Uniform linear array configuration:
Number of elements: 16
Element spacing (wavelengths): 0.75
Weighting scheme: hann
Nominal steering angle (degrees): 0
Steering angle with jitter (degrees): -1.29
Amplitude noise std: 0.05
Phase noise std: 0.05

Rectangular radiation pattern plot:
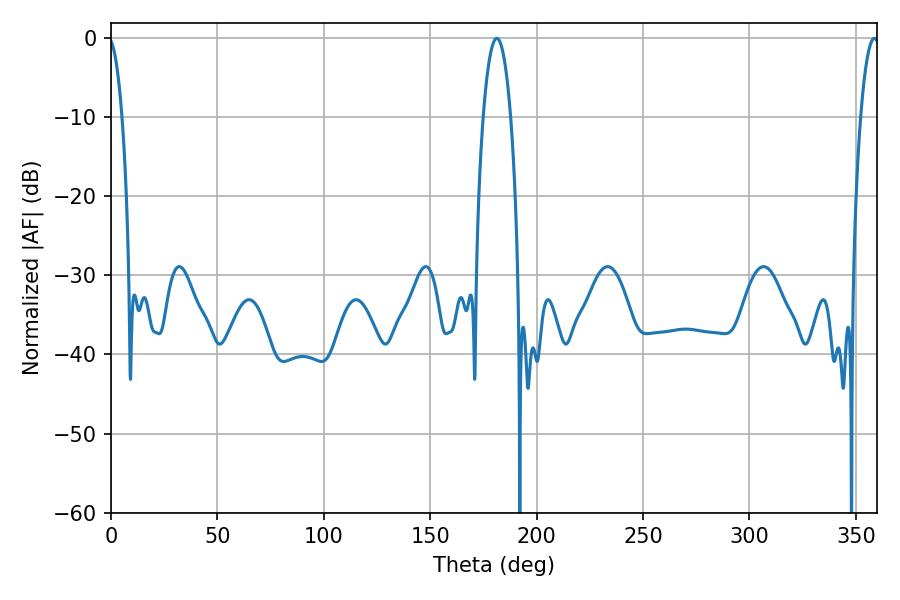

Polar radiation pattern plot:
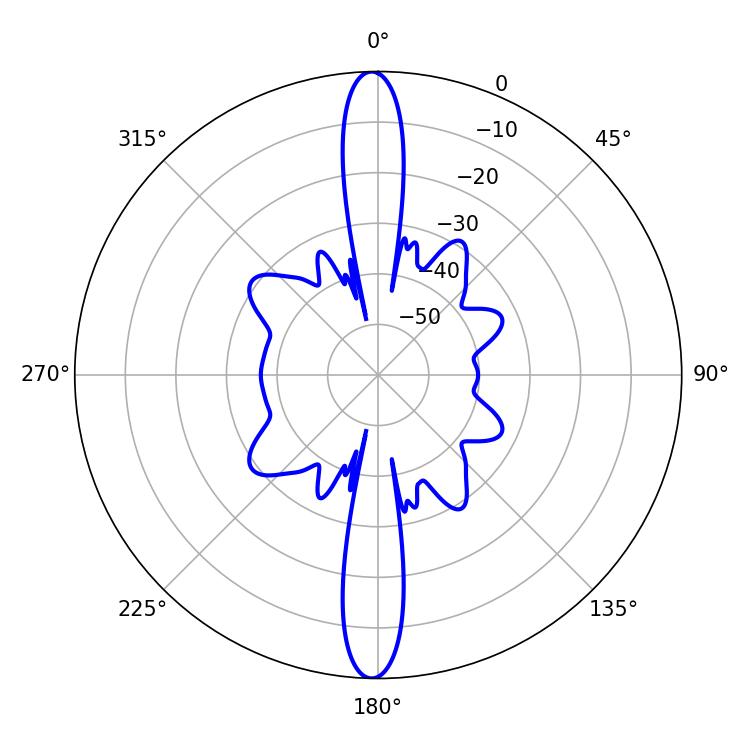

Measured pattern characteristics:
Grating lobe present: TRUE
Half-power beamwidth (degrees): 7.2
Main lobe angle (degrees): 181.26